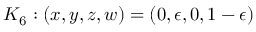
K _ { 6 } : ( x , y , z , w ) = ( 0 , \epsilon , 0 , 1 - \epsilon )